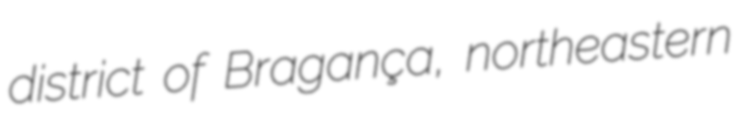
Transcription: district of Bragança, northeastern